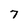
Character: 7